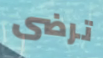
ترضى